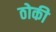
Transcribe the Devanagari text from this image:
ठोकी